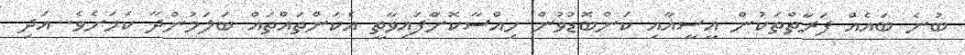
ބުނެ ބައެއް ފަރާތްތަކުން އީސީއާއި ކަންބޮޑުވުން ހިއްސާކޮށާްފައިވާތީ އެކަންތައްތައް ބަލަމުންދާ ކަމަށެވެ. އަދި